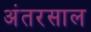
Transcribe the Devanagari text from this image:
अंतरसाल